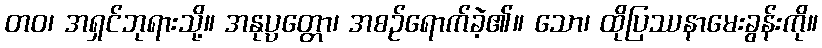
တဝ၊ အရှင်ဘုရားသို့။ အနုပ္ပတ္တော၊ အစဉ်ရောက်ခဲ့၏။ သော၊ ထိုပြဿနာမေးခွန်းကို။